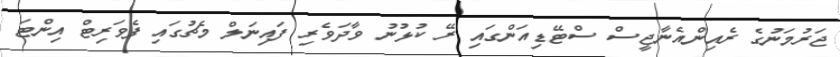
ޖަރުމަނުގެ ރެއިންއެނާޖީސް ސްޓޭޑިއަންގައި ރޭ ކުޅުނު ވާދަވެރި ފައިނަލް މެޗުގައި ފެވަރިޓް އިންޓަ